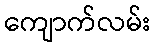
ကျောက်လမ်း